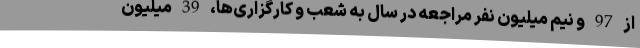
از 97 و نیم میلیون نفر مراجعه در سال به شعب و کارگزاری‌ها، 39 میلیون